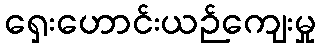
ရှေးဟောင်းယဉ်ကျေးမှု